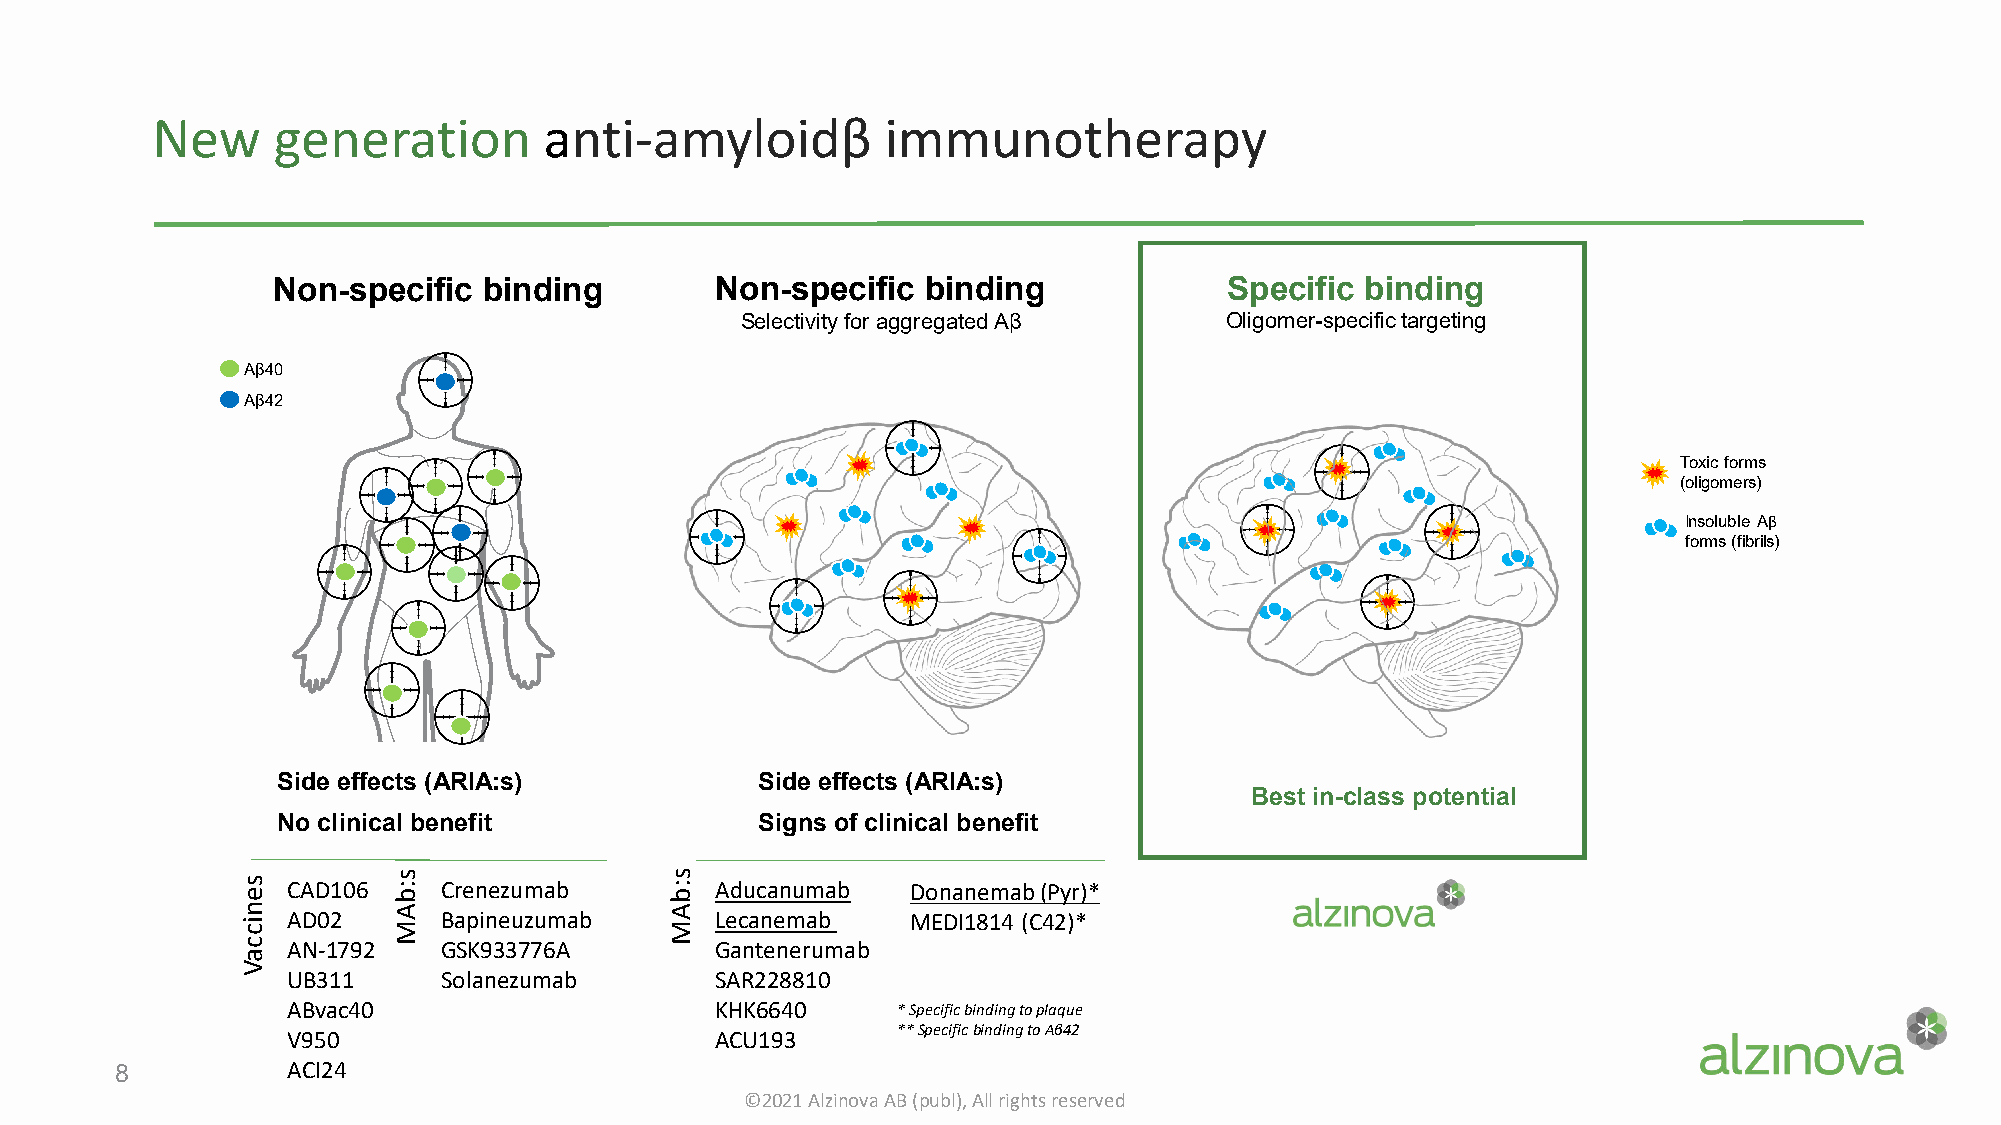
New     generation        anti-amyloidβ          immunotherapy
 Non-specific  binding        Non-specific  binding             Specific binding
 Selectivity for aggregated Aβ   Oligomer-specific targeting
 Aβ40
 Aβ42
 Toxic forms
 (oligomers)
 Insoluble Aβ
 forms (fibrils)
 Side effects (ARIA:s)           Side effects (ARIA:s)
 Best in-class potential
 No clinical benefit             Signs of clinical benefit
 CAD106    Crenezumab        Aducanumab   Donanemab(Pyr)*
 AD02      Bapineuzumab      Lecanemab    MEDI1814 (C42)*
 AN-1792   GSK933776A        Gantenerumab
 UB311     Solanezumab       SAR228810
 ABvac40                     KHK6640     * Specificbindingto plaque
 ** Specificbindingto Aβ42
 V950                        ACU193
 8          ACI24
 ©2021 Alzinova AB (publ), All rights reserved
 seniccaV  s:bAM             s:bAM